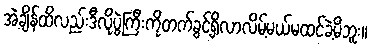
အဲ့ချိန်ထိလည်းဒီလိုပွဲကြီးကိုတက်ခွင့်ရှိလာလိမ့်မယ်မထင်ခဲ့မိဘူး။